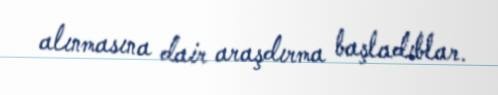
alınmasına dair araşdırma başladıblar.